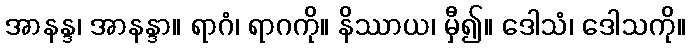
အာနန္ဒ၊ အာနန္ဒာ။ ရာဂံ၊ ရာဂကို။ နိဿာယ၊ မှီ၍။ ဒေါသံ၊ ဒေါသကို။